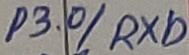
Text: P3.0/RXD